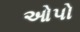
ઓપો